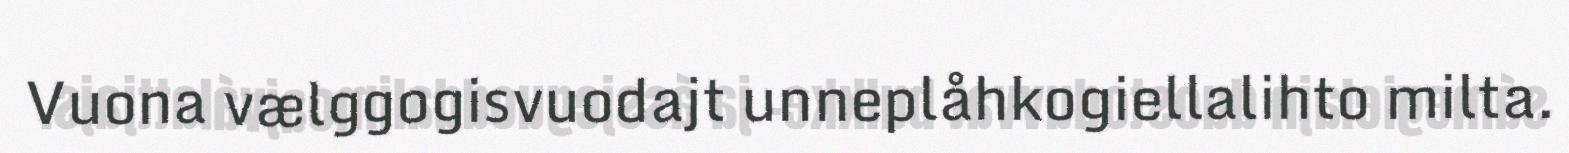
Vuona vælggogisvuodajt unneplåhkogiellalihto milta.